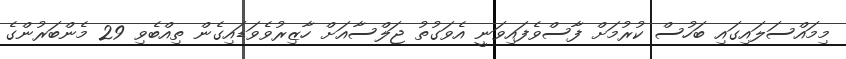
މިމައްސަލައިގައި ބަހުސް ކުރުމަށް ފާސްވެފައިވަނީ އެވަގުތު ޖަލްސާއަށް ހާޒިރުވެވަޑައިގެން ތިއްބެވި 29 މެންބަރުންގެ